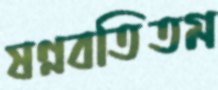
ষণ্ণবতিতম